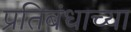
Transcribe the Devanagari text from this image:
प्रतिबंधाच्या